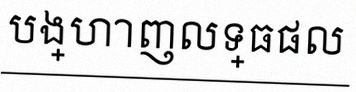
បង្ហាញលទ្ធផល